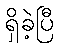
ရှိခဲ့ပြီ